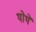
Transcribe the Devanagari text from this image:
थोथे